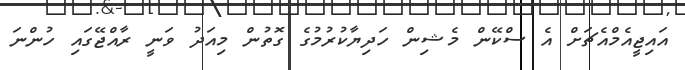
އައިޖީއެމްއެޗަށް އެ ސްކޭން މެޝިން ހަދިޔާކުރުމުގެ ގޮތުން މިއަދު ވަނީ ރާއްޖޭގައި ހުންނަ